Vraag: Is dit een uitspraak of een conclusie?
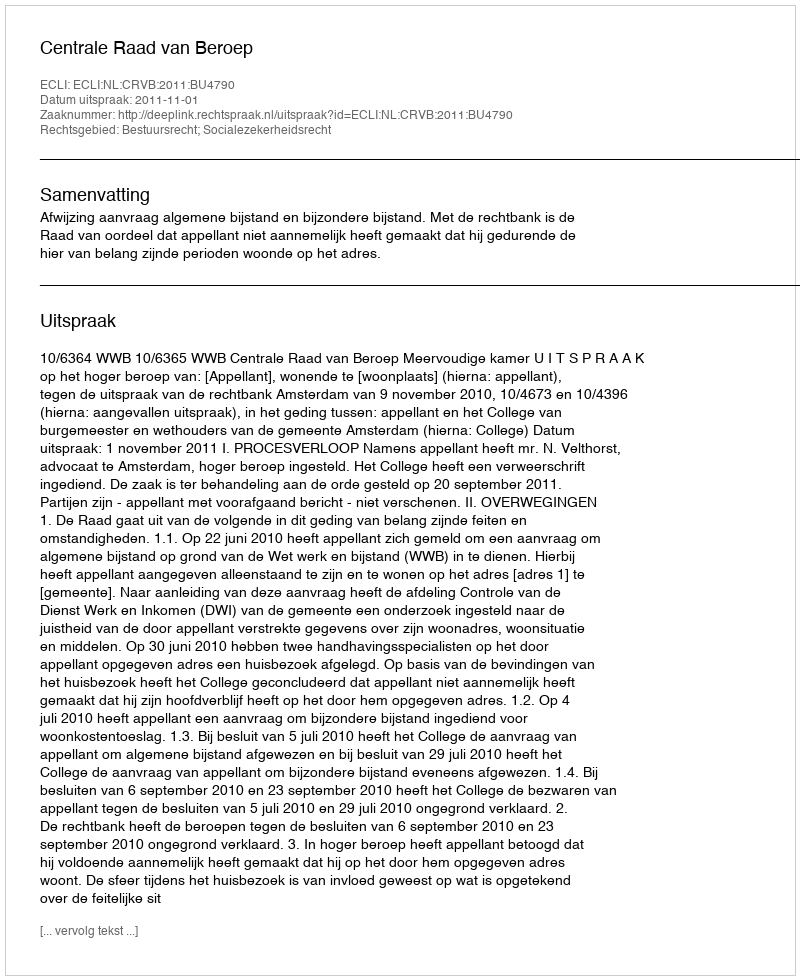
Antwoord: Uitspraak